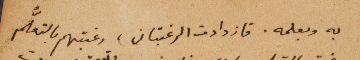
به وبعلمه. فازدادات الرغبتان، رغبتهم بالتعلُّم